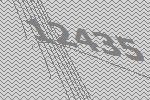
12435